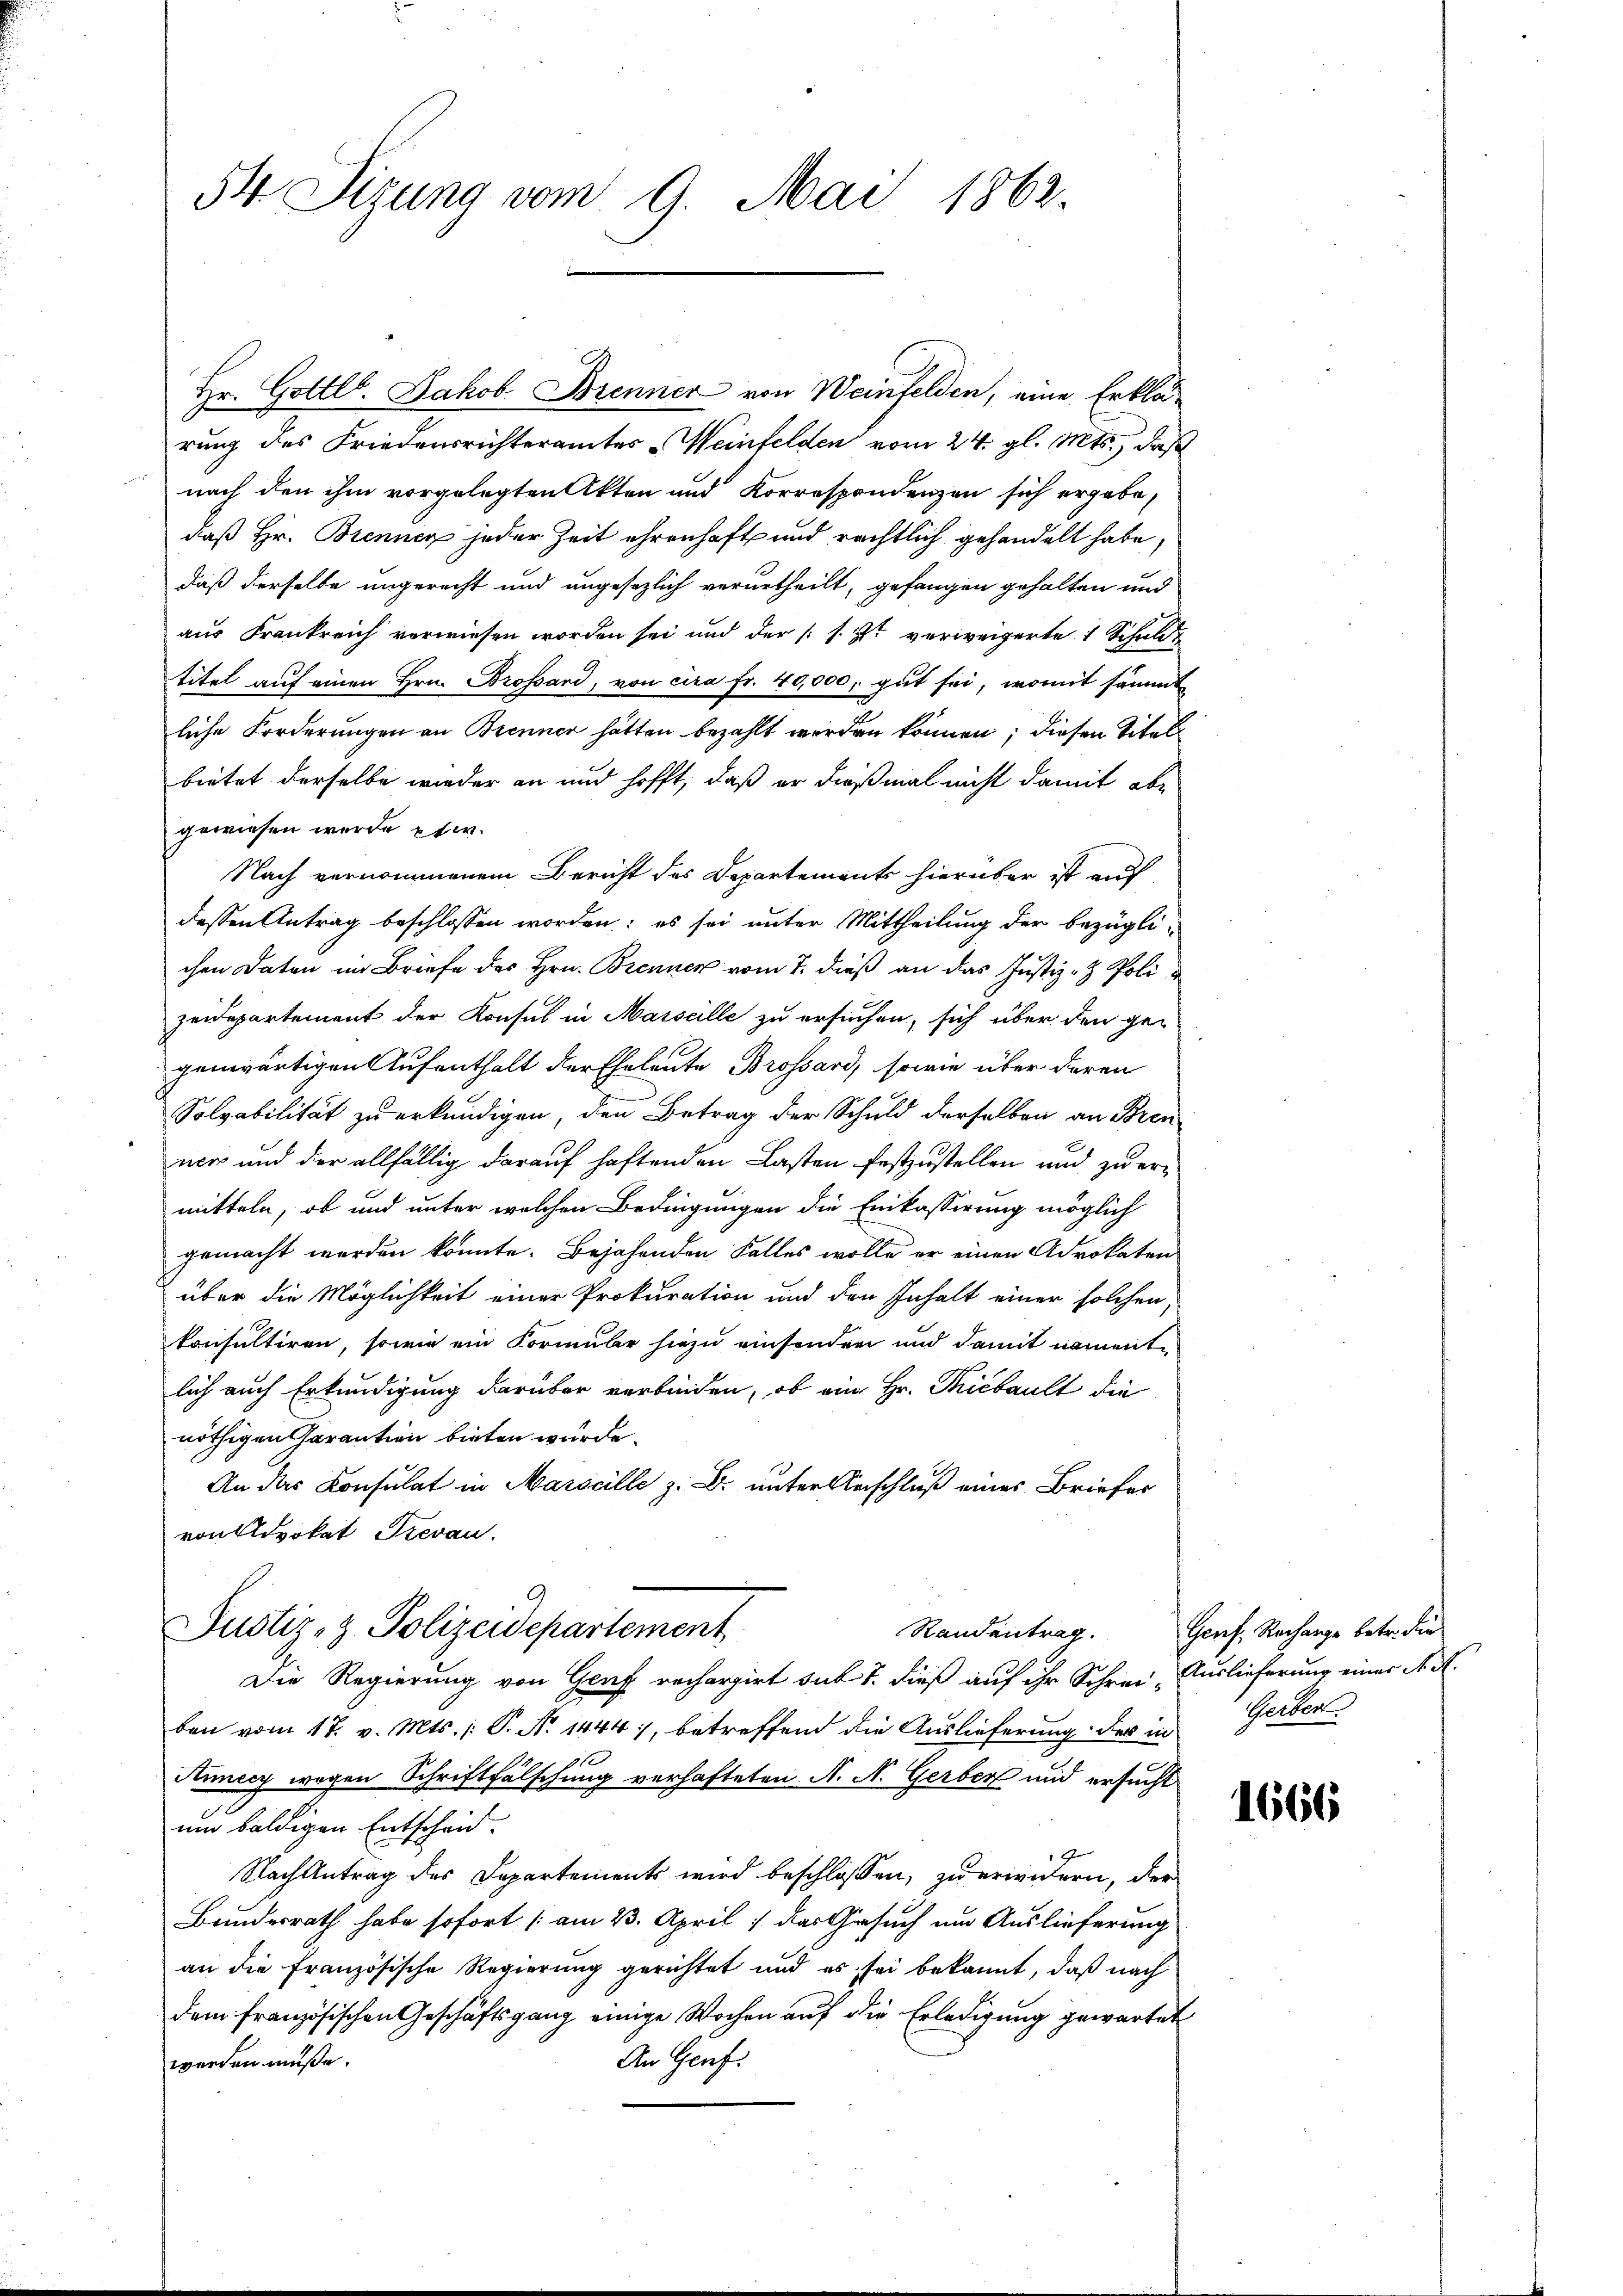
54 Sizung vom 9. Mai 1862.

Hr. Gottl. Jakob Brenner von Weinfelden, eine Erklärung des Friedensrichteramtes Weinfelden vom 24. gl. Mts., daß
nach den ihm vorgelegten Akten und Korrespondenzen sich ergebe,
daß Hr. Brennen jeder Zeit ehrenhaft und rechtlich gehandelt habe,
daß derselbe ungerecht und angesezlich verurtheilt, gefangen gehalten und
aus Frankreich verwiesen worden sei und der s. Z. vorweigerte 1 Schuldtitel auf einen Hrn. Brossard, von cira Fr. 40,000, gut sei, womit sämmt
liche Forderungen an Brenner hätten bezahlt werden können; diesen Titel
bietet derselbe wieder an und hofft, daß er dießmal nicht damit abe
gewiesen werde etw
Nach vernommenem Bericht des Departements hierüber ist auf
dessen Antrag beschlossen worden; es sei unter Mittheilung der bezüglichen Daten im Briefe des Hrn. Brenner vom 7. dieß an das Justiz- & Polizeidepartement der Konsul in Marseille zu ersuchen, sich über den ge-
genwärtigen Aufenthalt der Eheleute Brossard, sowie über daran
Solvabilität zu erkundigen, den Betrag der Schuld derselben an Bren
ner und der allfällig darauf haftenden Lasten festzustellen und zu ermitteln, ob und unter welchen Bedingungen die Einkassirung möglich
gemacht werden könnte. Bejahenden Falles wolle er einen Advokaten
über die Möglichkeit einer Prokuration und den Inhalt einer solchen
konsultiren, sowie ein Formube hiezu einsonder und damit nament-
lich auch Erkundigung darüber verbinden, ob ein Hr. Picbault die
nöthigen Garantien bieten wurde.
An das Konsulat in Marscille z. B. unter Aeschluß eines Briefer
von Advokat Trevan
Justiz- & Polizeidepartement
Die Regierung von Graf recherzirt sit 7. dieß auf ihr Schrei Auslieferung einer K. A.
ben vom 17. v. Mts. (: P. Nr. 1444), betreffend die Auslieferung des in Gerber
Aunecy wegen Schriftfälschung verhafteten N. N. Gerber und ersucht
um baldigen Entscheid.
Nach Antrag des Departements wird beschlossen, zu erwidern, der
Bundesrath habe sofort (am 23. April: das Gesuch um Auslieferung
an die Französische Regierung gerichtet und es sei bekannt, daß nach
dem französischen Geschäftsgang einige Wochen auf die Erledigung gewartet
An Genf.
werden müße.

Randentrag. Genf, Recharge betr. den

1666